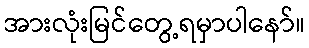
အားလုံးမြင်တွေ့ရမှာပါနော်။